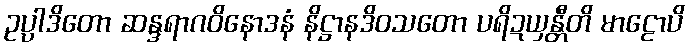
ဥပ္ပါဒိတော ဆန္ဒရာဂဝိနောဒနံ နိဋ္ဌာနဒိဝသတော ပရိဍယှန္တီတိ မာဠောပိ